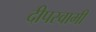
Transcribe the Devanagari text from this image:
दीपस्वामी